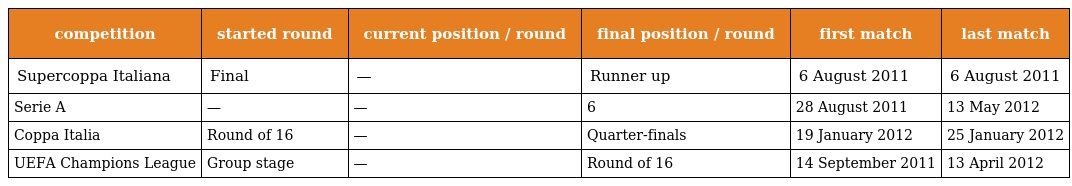
| competition | started round | current position / round | final position / round | first match | last match |
 | --- | --- | --- | --- | --- | --- |
 | Supercoppa Italiana | Final | — | Runner up | 6 August 2011 | 6 August 2011 |
 | Serie A | — | — | 6 | 28 August 2011 | 13 May 2012 |
 | Coppa Italia | Round of 16 | — | Quarter-finals | 19 January 2012 | 25 January 2012 |
 | UEFA Champions League | Group stage | — | Round of 16 | 14 September 2011 | 13 April 2012 |